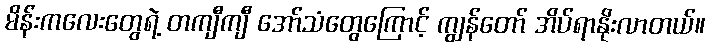
မိန်းကလေးတွေရဲ့ တကျီကျီ အော်သံတွေကြောင့် ကျွန်တော် အိပ်ရာနိုးလာတယ်။